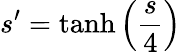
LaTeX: {s^{\prime}=\operatorname{tanh}\left(\frac{s}{4}\right)}